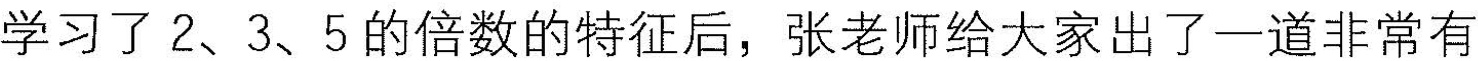
学习了2、3、5的倍数的特征后，张老师给大家出了一道非常有